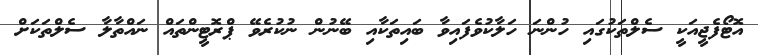
އޮޓޯފެޖީއަކީ ސެލްތަކުގައި ހުންނަ ހަލާކުވެފައިވާ ބައިތަކާއި ބޭނުން ނުކުރެވޭ ޕްރޮޓީންތައް ނައްތާލާ ސެލްތަކަށް